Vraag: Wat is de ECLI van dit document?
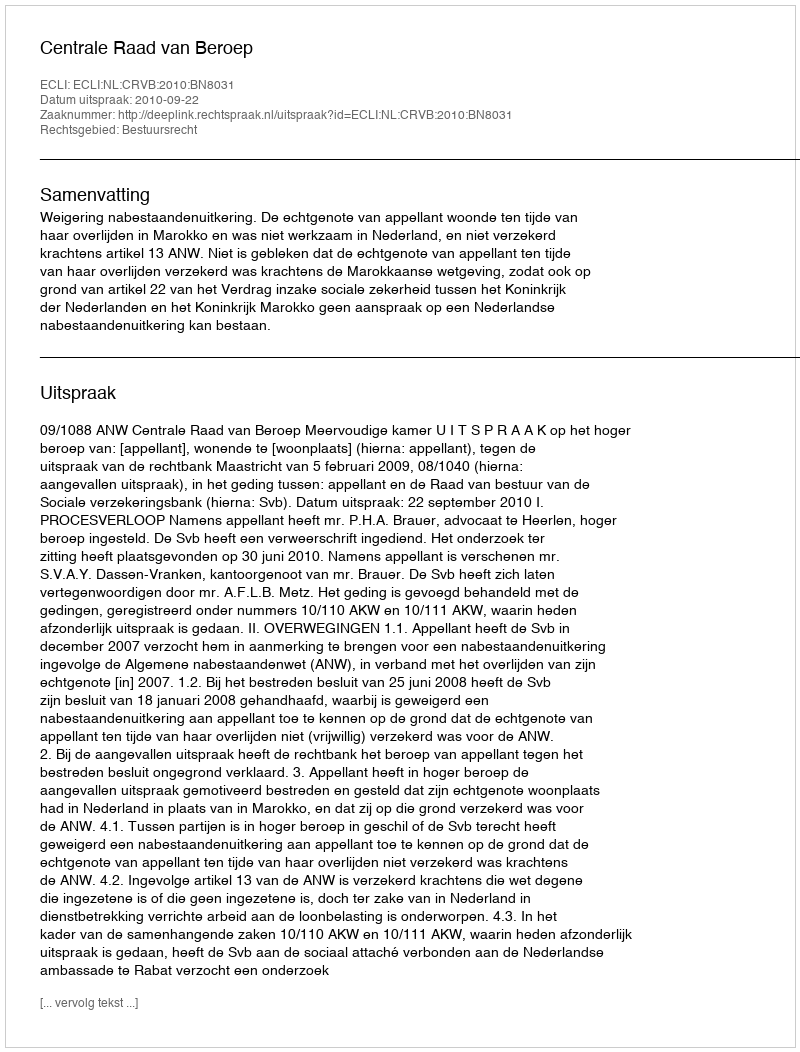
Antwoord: ECLI:NL:CRVB:2010:BN8031